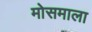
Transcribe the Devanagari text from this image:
मोसमाला